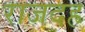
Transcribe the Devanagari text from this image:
राजदह